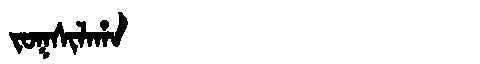
Manchu: ᠵᠣᡴᠰᡳᠯᠠᡥᠠ
Romanization: JOKSILAHA